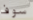
سوف